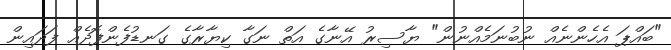
"ބައްޕަ އެހެންނެއް ނުބުނަމެއްނުން" ޔާސިރު އޭނާގެ އަތް ނަގާ ކިޔާރާގެ ގަނޑުފެންފޮދެއް ފަދައިން